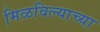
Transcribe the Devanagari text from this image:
मिळविल्याच्या